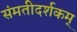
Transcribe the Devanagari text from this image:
संमतीदर्शकम्